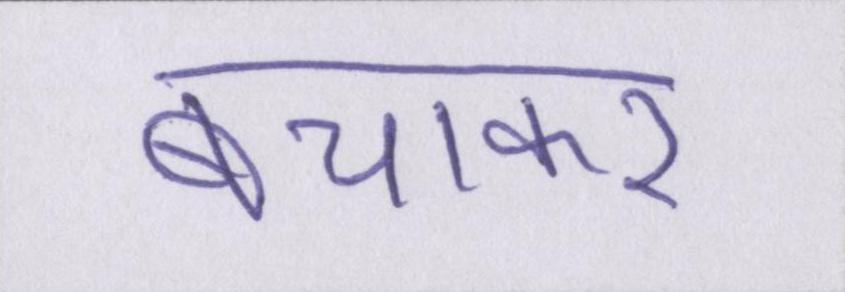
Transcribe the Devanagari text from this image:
बचाकर